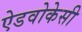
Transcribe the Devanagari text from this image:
ऐडवोकेसी